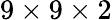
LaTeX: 9\times 9\times 2